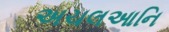
અચલઆનિ